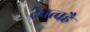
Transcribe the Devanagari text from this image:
देवत्वहै